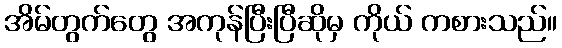
အိမ်တွက်တွေ အကုန်ပြီးပြီဆိုမှ ကိုယ် ကစားသည်။